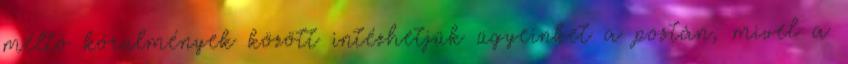
méltó körülmények között intézhetjük ügyeinket a postán, mivel a